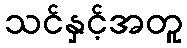
သင်နှင့်အတူ